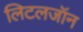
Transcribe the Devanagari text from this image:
लिटलजॉन